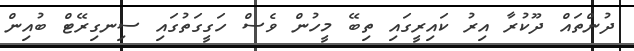
ދުންތައް ދޫކުރާ އިރު ކައިރީގައި ތިބޭ މީހުން ވެސް ހަގީގަތުގައި ސިނގިރޭޓް ބުއިން